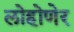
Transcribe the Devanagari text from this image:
लोहोणेर